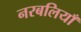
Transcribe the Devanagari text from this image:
नरबलियाँ